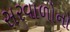
સરવાળોનો